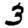
Digit: 3